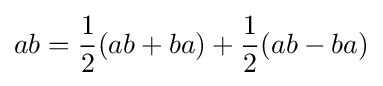
ab={\frac {1}{2}}(ab+ba)+{\frac {1}{2}}(ab-ba)